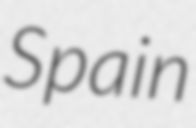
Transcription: Spain